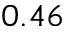
0 . 4 6